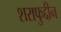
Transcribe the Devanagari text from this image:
शराफुद्दीन